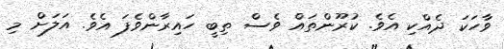
ވާހަކަ ދެއްކި އެވެ. ކުރޫންތައް ވެސް ތިބީ ހައިރާންވެފަ އެވެ. އަލަށް މި